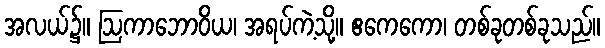
အလယ်၌။ ဩကာဘောဝိယ၊ အရပ်ကဲ့သို့။ ဧကေကော၊ တစ်ခုတစ်ခုသည်။